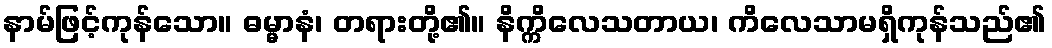
နာမ်ဖြင့်ကုန်သော။ ဓမ္မာနံ၊ တရားတို့၏။ နိက္ကိလေသတာယ၊ ကိလေသာမရှိကုန်သည်၏